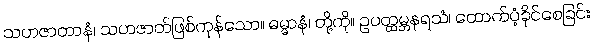
သဟဇာတာနံ၊ သဟဇာတ်ဖြစ်ကုန်သော။ ဓမ္မာနံ၊ တို့ကို။ ဥပတ္ထမ္ဘနရသံ၊ ထောက်ပံ့ခိုင်စေခြင်း